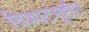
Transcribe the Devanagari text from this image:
चित्रपटसूष्टीत